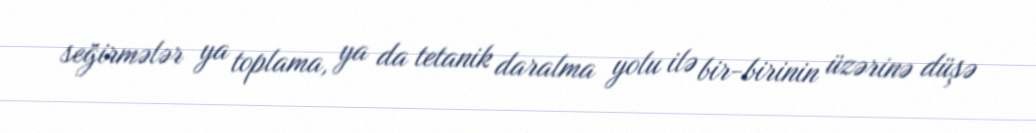
seğirmələr ya toplama, ya da tetanik daralma yolu ilə bir-birinin üzərinə düşə